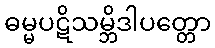
ဓမ္မပဋိသမ္ဘိဒါပတ္တော